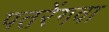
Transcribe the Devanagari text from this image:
पतरेंगवा